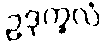
ဥဒုက္ခလံ